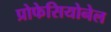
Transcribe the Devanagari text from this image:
प्रोफेसियोनेल